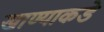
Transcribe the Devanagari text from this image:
खाण्याकडे